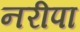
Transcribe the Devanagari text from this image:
नरीपा